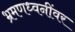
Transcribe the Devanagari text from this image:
भ्रमणध्वनींवर